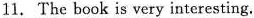
11. The book is very interesting.